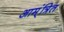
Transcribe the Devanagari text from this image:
आम्ंत्रित